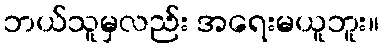
ဘယ်သူမှလည်း အရေးမယူဘူး။